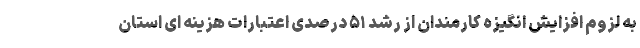
به لزوم افزایش انگیزه کارمندان از رشد ۵۱ درصدی اعتبارات هزینه ای استان